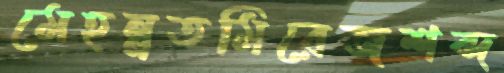
মেহন্নতমিরেজশব্দ